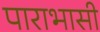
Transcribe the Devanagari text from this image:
पाराभासी